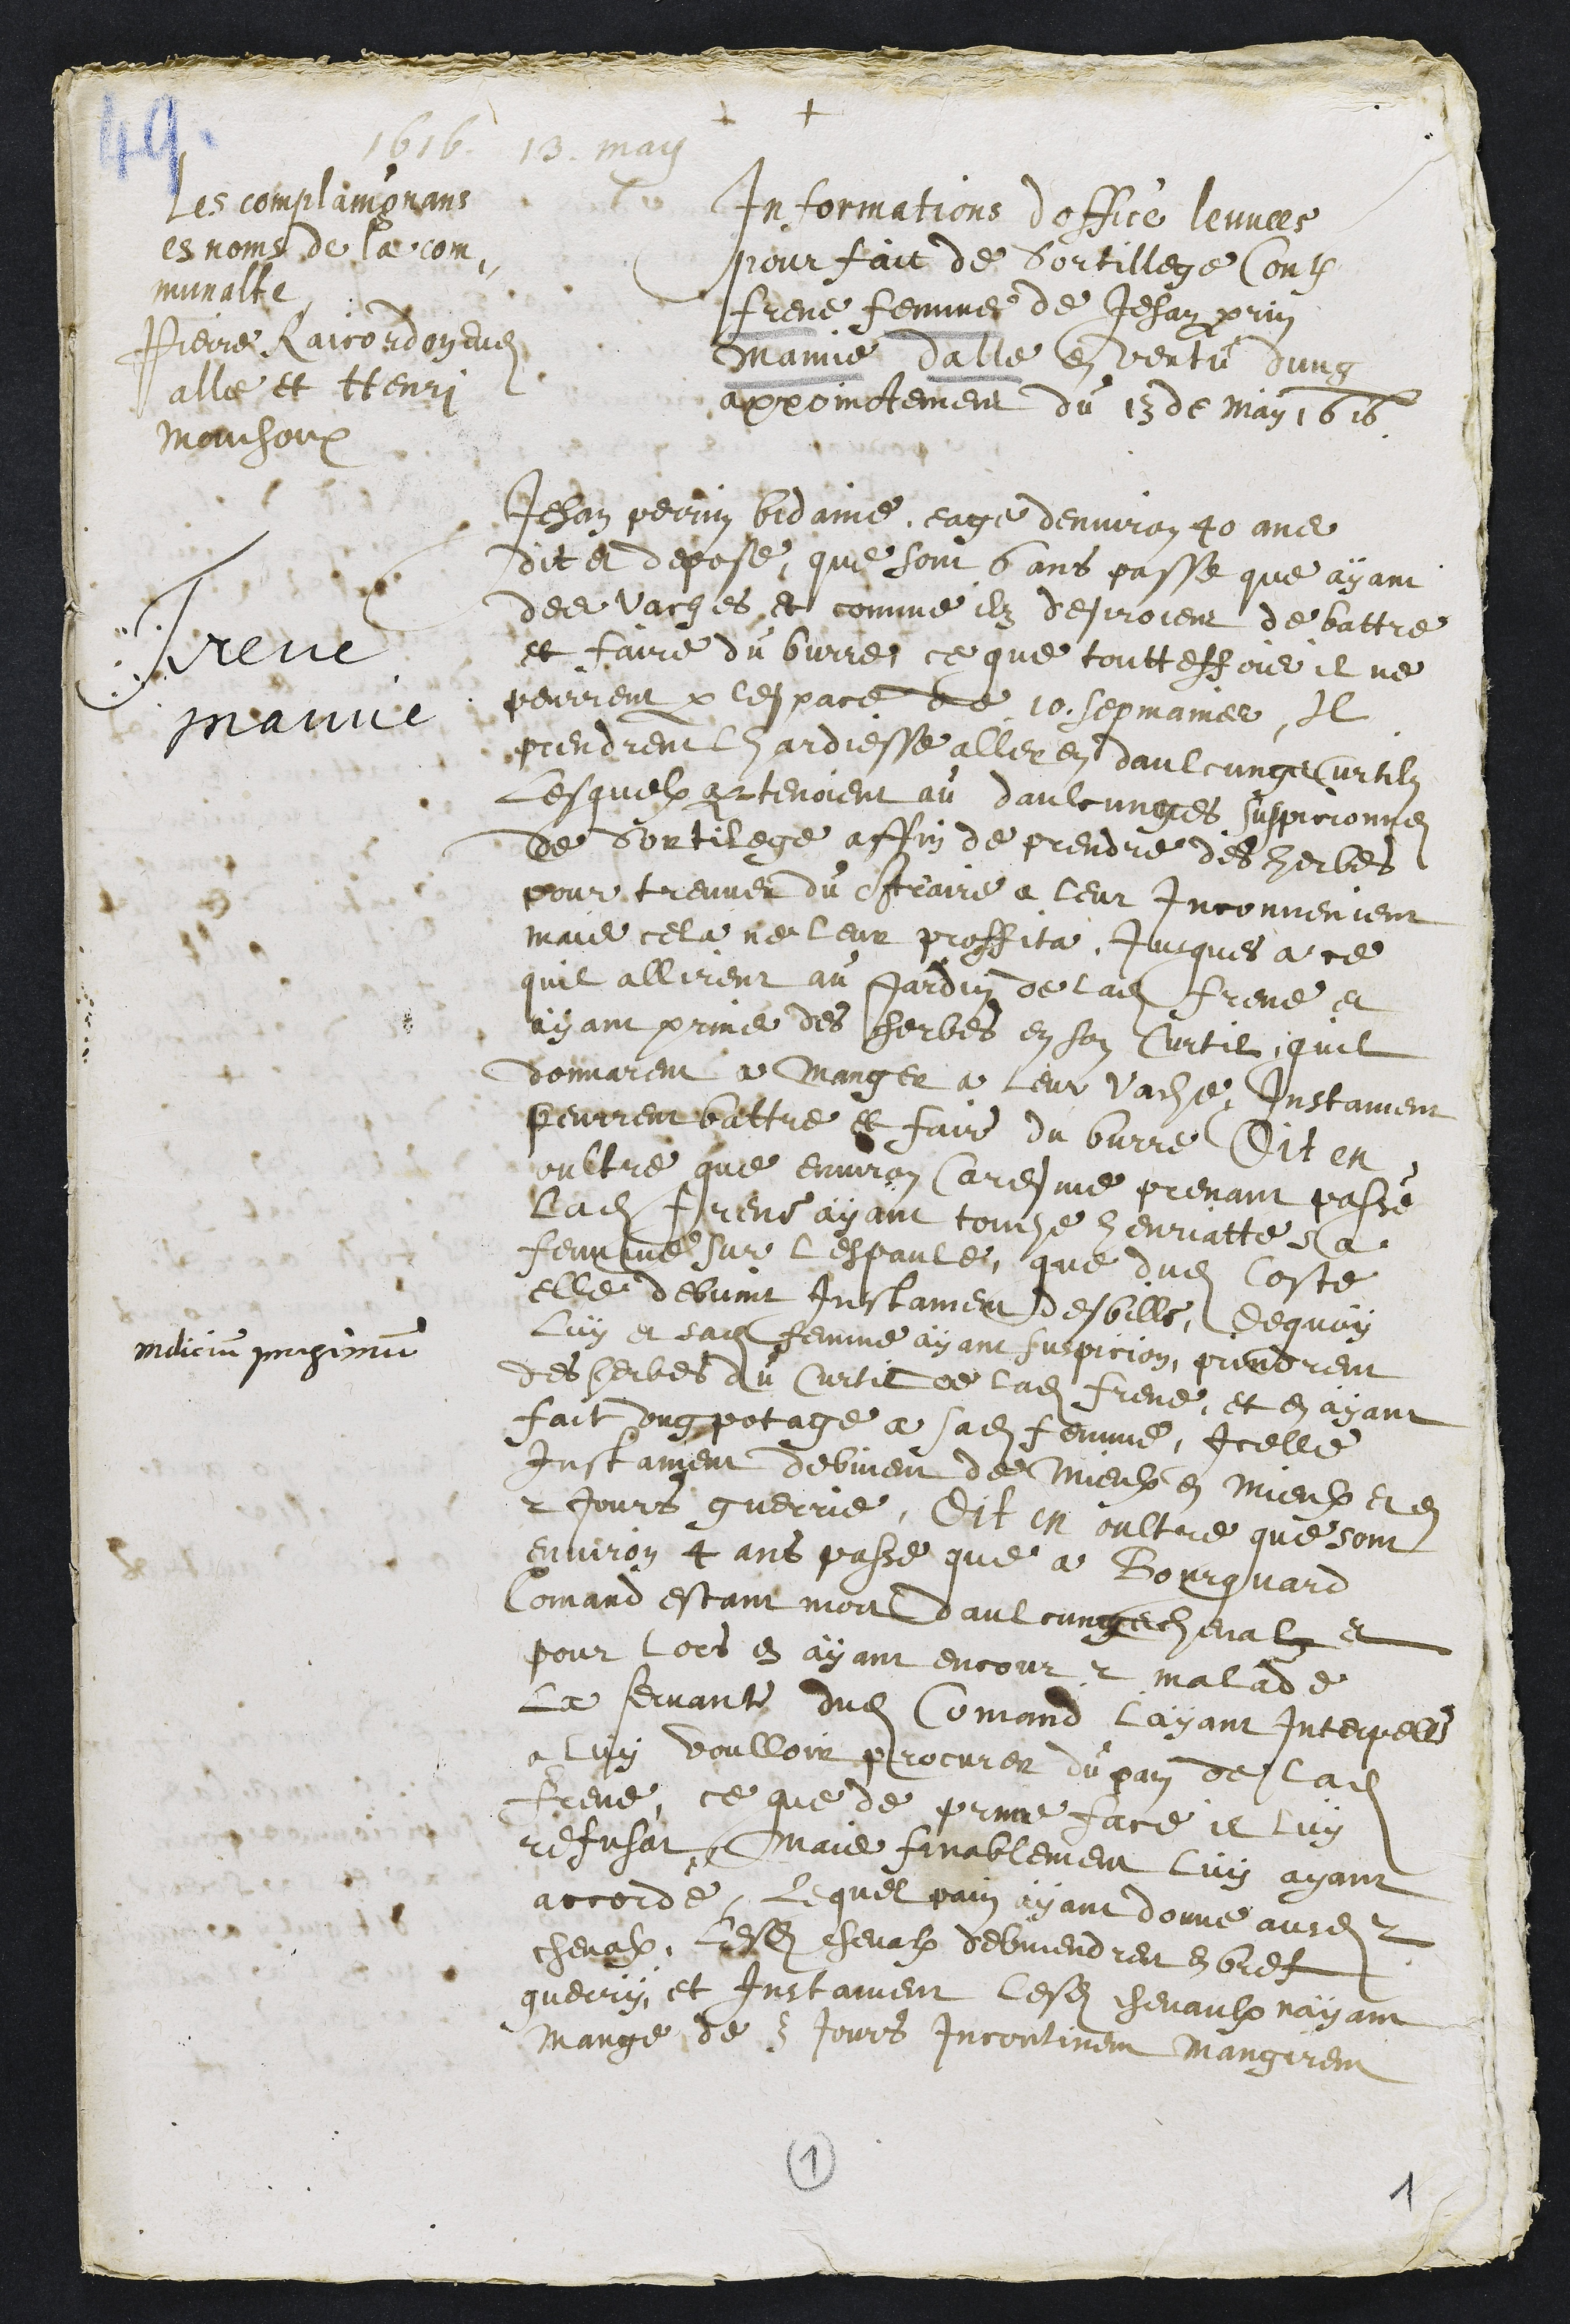
+
1616 13 may
Frene
Mamie
Les complaingnans
es noms de la com¬
munalte
Pierre Raicordon Audit
alle et Henry
Mouchoux
Informations doffice leuvees
pour fait de Sortillege Contre
Frene femme de Jehan perrin
Mamie dalle en vertu dung
appoinctement du 13 de may 1616
Jehan Perrin Bidaine eage denviron 40 ans
dit et depose, que sont 6 ans passe que ayant
des vaches et comme ilz desiroient de battre
et faire du burre, ce que touttesfois il ne
peurrent par lespace de 10 sepmaines, Il
prendrent lhardiesse aller en daulcungs curtilz
Lesquelx apartenoient au daulcunges suspicionnes
de Sortilege affin de prendre des herbes
pour treuver du contraire a leur inconvenient
mais cela ne leur proffita Jusques a ce
quil allirent au jardin de ladite Frene et
ayant prins des herbes en son Curtil, quil
donnarent a manger a leur vache Instament
peurrent battre et faire du burre, Dit en
oultre que environ Caresme prenant passé
ladite Frene ayant touche henriatte sa
femme sur lespaule que dudit Coste
elle debvint Instament desbille, dequoy
luy et sa femme ayant suspicion, prindrent
indicium proximum
des herbes du Curtil de ladite Frene, et en ayant
fait ung potage a sadite femme, Icelle
Instament debvient de mieux en mieux et en
2 jours guerrie, Dit en oultre que sont
aenviron 4 ans passe que à Bourquard
Comand estant mort daulcungs chevalz et
pour lors en ayant encour 2 malade
la servante dudit Comand layant interpelle
a luy voulloir procurer du pain de ladite
Frene, ce que de prime face il luy
refusat, Mais finablement luy ayant
accorde, Lequel pain ayant donne ausdits 2
chevalx, lesdits chevalx debviendrent en bref
guerry et Instament lesdits chevaulx nayant
mange de 3 jours incontinent mangirent
1